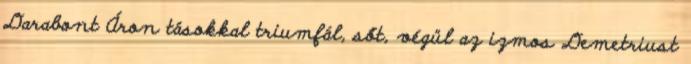
Darabont Áron tásokkal triumfál, sőt, végül az izmos Demetriust